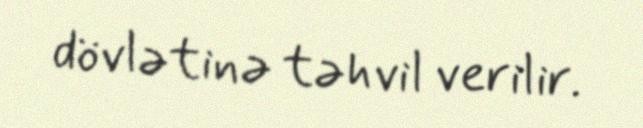
dövlətinə təhvil verilir.